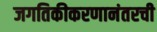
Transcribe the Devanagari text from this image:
जगतिकीकरणानंतरची